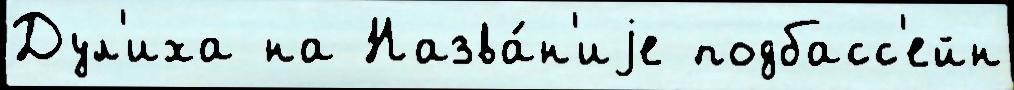
Дул'иха на Назва́н'иjе подбасс'ейн